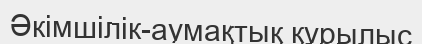
Әкімшілік-аумақтық құрылыс